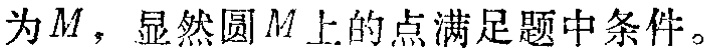
为$M$，显然圆$M$上的点满足题中条件。